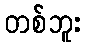
တစ်ဘူး